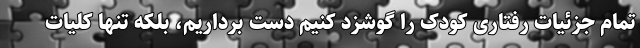
تمام جزئیات رفتاری کودک را گوشزد کنیم دست برداریم، بلکه تنها کلیات